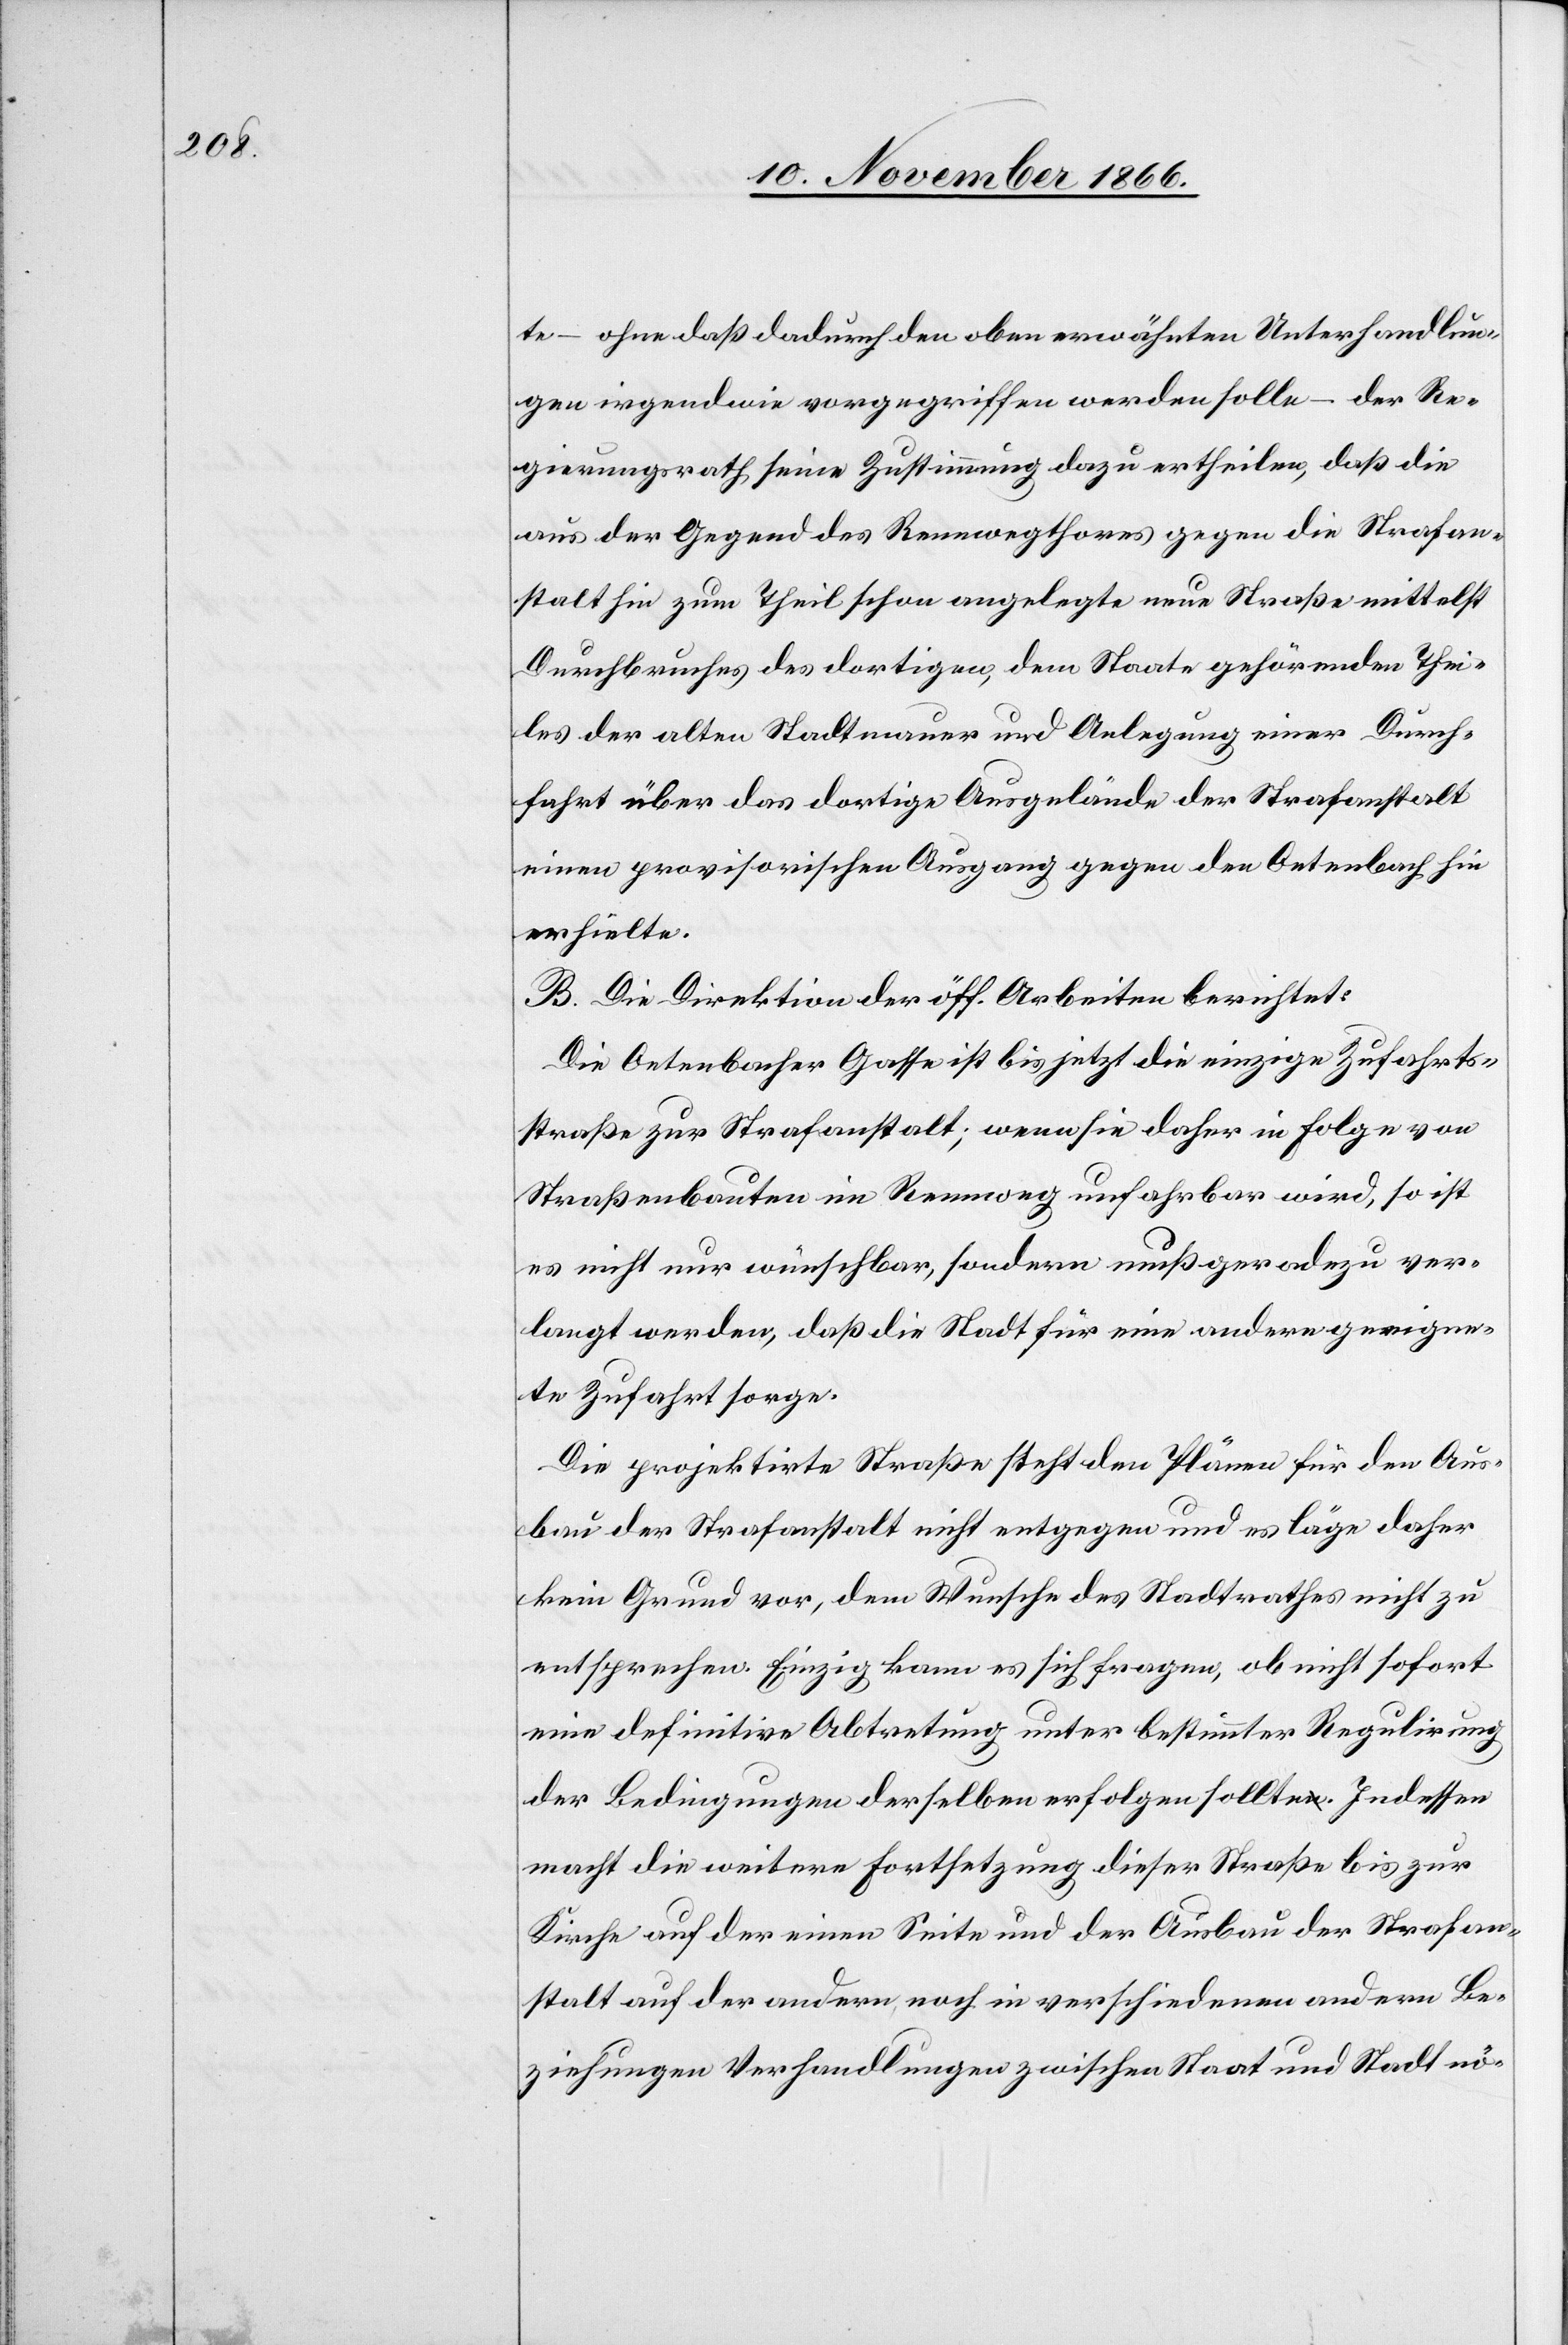
te – ohne daß dadurch oben erwähnten Unterhandlun¬
gen irgendwie vorgegriffen werden solle – der Re¬
gierungsrath seine Zustimmung dazu ertheilen, daß die
aus der Gegend des Rennwegthores gegen die Strafan¬
stalt hin zum Theil schon angelegte neue Straße mittelst
Durchbruches des dortigen, dem Staate gehörenden Thei¬
les der alten Stadtmauer und Anlegung einer Durch¬
fahrt über das dortige Ausgelände der Strafanstalt
einen provisorischen Ausgang gegen den Oetenbach hin
erhielte.
B. Die Direktion der öff. Arbeiten berichtet:
Die Oetenbacher Gasse ist bis jetzt die einzige Zufahrts¬
straße zur Strafanstalt; wenn sie daher in Folge von
Straßenbauten im Rennweg unfahrbahr wird, so ist
es nicht nur wünschbar, sondern muß geradezu ver¬
langt werden, daß die Stadt für eine andere geeigne¬
te Zufahrt sorge.
Die projektirte Straße steht den Plänen für den Aus¬
bau der Strafanstalt nicht entgegen und es läge daher
kein Grund vor, dem Wunsche des Stadtrathes nicht zu
entsprechen. Einzig kann es sich fragen, ob nicht sofort
eine definitive Abtretung unter bestimmter Regulirung
der Bedingungen derselben erfolgen sollte. Indessen
macht die weitere Fortsetzung dieser Straße bis zur
Kirche auf der einen Seite und der Ausbau der Strafan¬
stalt auf der andern noch in verschiedenen andern Be¬
ziehungen Verhandlungen zwischen Staat und Stadt nö-